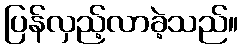
ပြန်လှည့်လာခဲ့သည်။